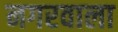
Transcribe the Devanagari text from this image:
नगरवाला